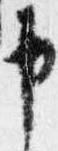
申